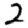
Digit: 2